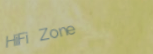
HiFi Zone